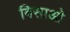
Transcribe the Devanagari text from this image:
विसाओ